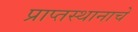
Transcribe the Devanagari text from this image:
प्राप्तस्थानाचे